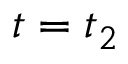
t = t _ { 2 }